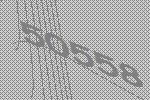
50558